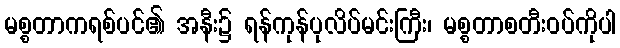
မစ္စတာကရစ်ပင်၏ အနီး၌ ရန်ကုန်ပုလိပ်မင်းကြီး၊ မစ္စတာစတီးဝပ်ကိုပါ